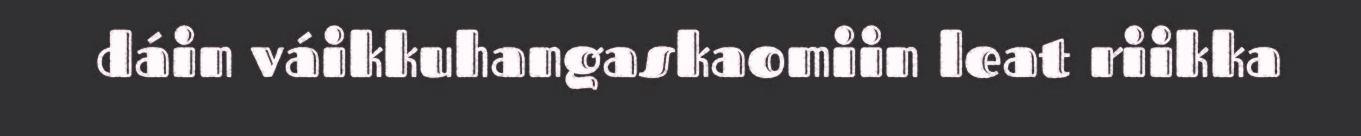
dáin váikkuhangaskaomiin leat riikka